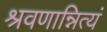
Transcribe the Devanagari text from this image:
श्रवणान्नित्यं